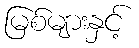
မြစ်များနှင့်